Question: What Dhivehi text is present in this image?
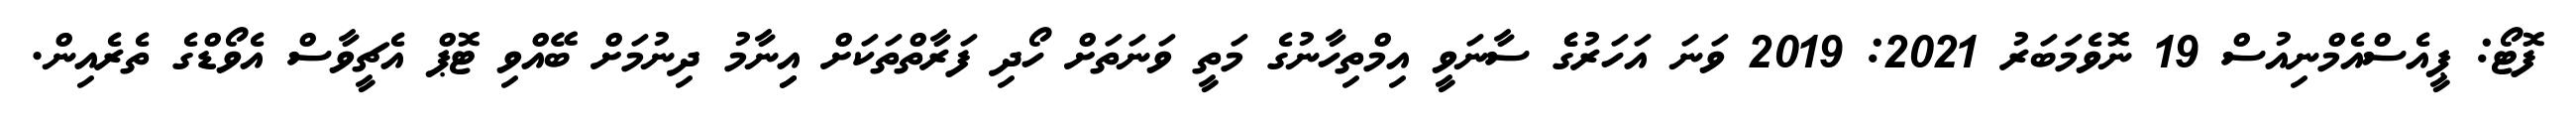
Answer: ފޮޓޯ: ޕީއެސްއެމްނިއުސް 19 ނޮވެމަބަރު 2021: 2019 ވަނަ އަހަރުގެެ ސާނަވީ އިމްތިހާނުގެ މަތީ ވަނަތަށް ހޯދި ފަރާތްތަކަށް އިިނާމު ދިނުމަށް ބޭއްވި ޓޮޕް އެޗީވާސް އެވޯޑްގެ ތެރެއިން.